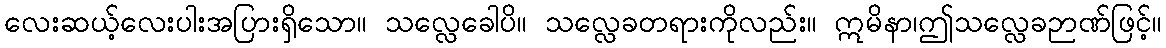
လေးဆယ့်လေးပါးအပြားရှိသော။ သလ္လေခေါပိ။ သလ္လေခတရားကိုလည်း။ ဣမိနာ၊ဤသလ္လေခဉာဏ်ဖြင့်။